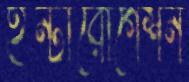
ইন্টারোগেশন